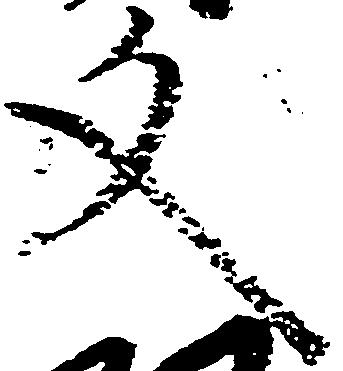
文